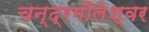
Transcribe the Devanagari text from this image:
चन्द्रमौलेश्वर